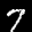
Label: 7